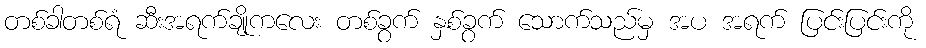
တစ်ခါတစ်ရံ ဆီးအရက်ချိုကလေး တစ်ခွက် နှစ်ခွက် သောက်သည်မှ အပ အရက် ပြင်းပြင်းကို